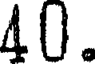
40.